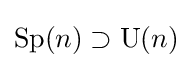
\operatorname {Sp} (n)\supset \operatorname {U} (n)